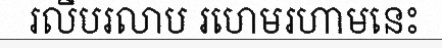
រលីបរលាប រហេមរហាមនេះ